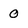
Character: 0